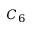
C _ { 6 }